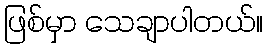
ဖြစ်မှာ သေချာပါတယ်။